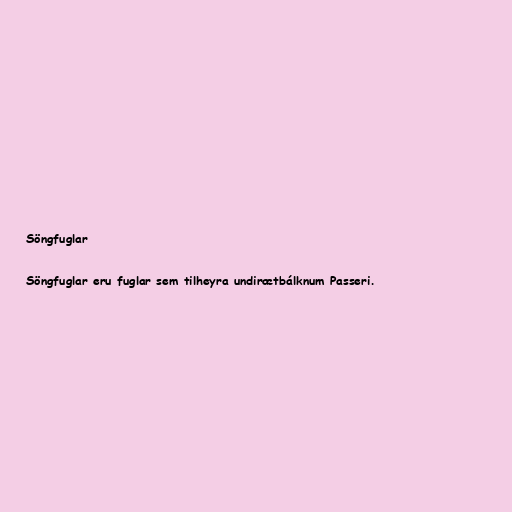
Söngfuglar

Söngfuglar eru fuglar sem tilheyra undirætbálknum Passeri.